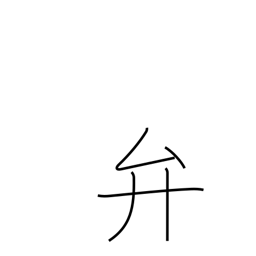
Meaning: dispose of